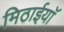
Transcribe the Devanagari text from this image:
मिठाईयाॅ